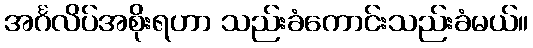
အင်္ဂလိပ်အစိုးရဟာ သည်းခံကောင်းသည်းခံမယ်။